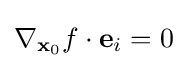
\nabla _{\mathbf {x} _{0}}f\cdot \mathbf {e} _{i}=0